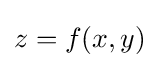
{\textstyle z=f(x,y)}